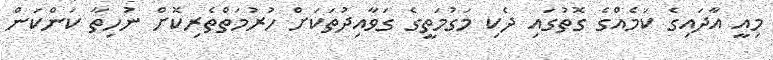
މިއީ އާދައިގެ ކަމެއްގެ ގޮތުގައި ދެކި މަގުމަތީގެ ގަވާއިދުތަކަށް ހުރުމަތްތެރިކޮށް ނުހިތާ ކަންކަން